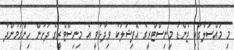
މި މައްސަލާގައި ޖެންޑާ މިނިސްޓްރީގެ އޮފިޝަލަކު ވިދާޅުވީ އެ މިނިސްޓްރީގެ ދަށުން ހިންގަމުންދާ